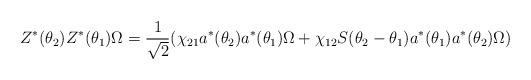
LaTeX: \begin{align*}Z^{\ast }(\theta _{2})Z^{\ast }(\theta _{1})\Omega =\frac{1}{\sqrt{2}}(\chi_{21}a^{\ast }(\theta _{2})a^{\ast }(\theta _{1})\Omega +\chi _{12}S(\theta_{2}-\theta _{1})a^{\ast }(\theta _{1})a^{\ast }(\theta _{2})\Omega )\end{align*}